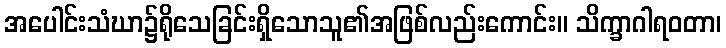
အပေါင်းသံဃာ၌ရိုသေခြင်းရှိသောသူ၏အဖြစ်လည်းကောင်း။ သိက္ခာဂါရဝတာ၊